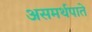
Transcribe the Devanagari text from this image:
असमर्थपाते